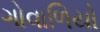
ગોવાળિયો